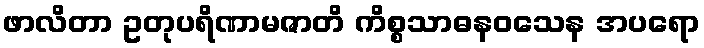
ဖာလိတာ ဥတုပရိဏာမဇာတိ ကိစ္စသာဓနဝသေန အပရော